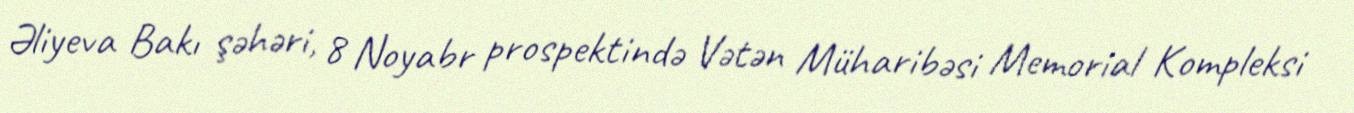
Əliyeva Bakı şəhəri, 8 Noyabr prospektində Vətən Müharibəsi Memorial Kompleksi